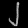
Digit: ၂